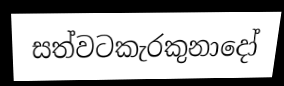
සත්වටකැරකුනාදෝ